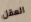
العقل